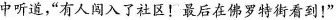
中听道，”有人闯入了社区！最后在佛罗特街看到！”